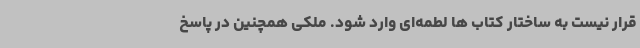
قرار نیست به ساختار کتاب ها لطمه‌ای وارد شود. ملکی همچنین در پاسخ